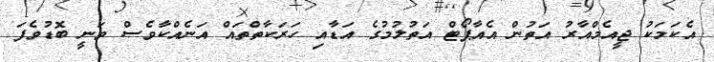
އެކަމަކު ޖީއެމްއާރު އަތުން އެއާޕޯޓް އަތުލުމުގެ އަޑާއި ހަރަކާތްތައް އަނެއްކާވެސް ވަނީ ބޮޑުވެފަ